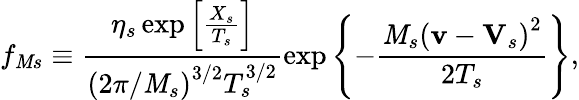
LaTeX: f_{\mathit{M}s}\equiv\frac{{\eta_{s}\exp\left[\frac{{X_{s}}}{{T_{s}}}\right]}}{{\left(2\pi/\mathit{M}_{s}\right)^{3/2}T_{s}^{3/2}}}\exp\left\{ -\frac{{\mathit{M}_{s}\left(\mathbf{{v}}-\mathbf{{V}}_{s}\right)^{2}}}{{2T_{s}}}\right\} ,